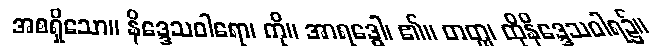
အစရှိသော။ နိဒ္ဒေသဝါရော၊ ကို။ အာရဒ္ဓေါ၊ ၏။ တတ္ထ၊ ထိုနိဒ္ဒေသဝါရ၌။